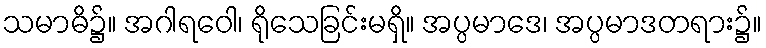
သမာဓိ၌။ အဂါရဝေါ၊ ရိုသေခြင်းမရှိ။ အပ္ပမာဒေ၊ အပ္ပမာဒတရား၌။